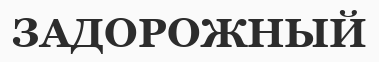
ЗАДОРОЖНЫЙ